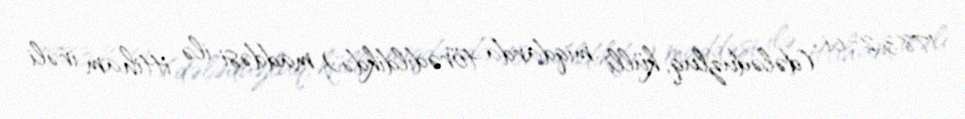
178.3.2-ci (dələduzluq; külli miqdarda törədildikdə) maddəsi ilə ittiham irəli